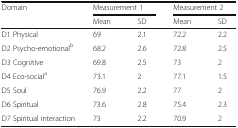
<table><thead><tr><td rowspan="2"><b>Domain</b></td><td colspan="2"><b>Measurement 1</b></td><td colspan="2"><b>Measurement 2</b></td></tr><tr><td><b>Mean</b></td><td><b>SD</b></td><td><b>Mean</b></td><td><b>SD</b></td></tr></thead><tbody><tr><td>D1 Physical</td><td>69</td><td>2.1</td><td>72.2</td><td>2.2</td></tr><tr><td>D2 Psycho-emotional<sup>b</sup></td><td>68.2</td><td>2.6</td><td>72.8</td><td>2.5</td></tr><tr><td>D3 Cognitive</td><td>69.8</td><td>2.5</td><td>73</td><td>2</td></tr><tr><td>D4 Eco-social<sup>a</sup></td><td>73.1</td><td>2</td><td>77.1</td><td>1.5</td></tr><tr><td>D5 Soul</td><td>76.9</td><td>2.2</td><td>77</td><td>2</td></tr><tr><td>D6 Spiritual</td><td>73.6</td><td>2.8</td><td>75.4</td><td>2.3</td></tr><tr><td>D7 Spiritual interaction</td><td>73</td><td>2.2</td><td>70.9</td><td>2</td></tr></tbody></table>